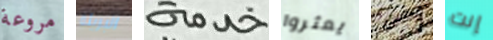
مروعة البريئة خدمة يعثروا الرقاقة إنت